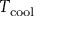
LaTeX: T _ { \mathrm { c o o l } }